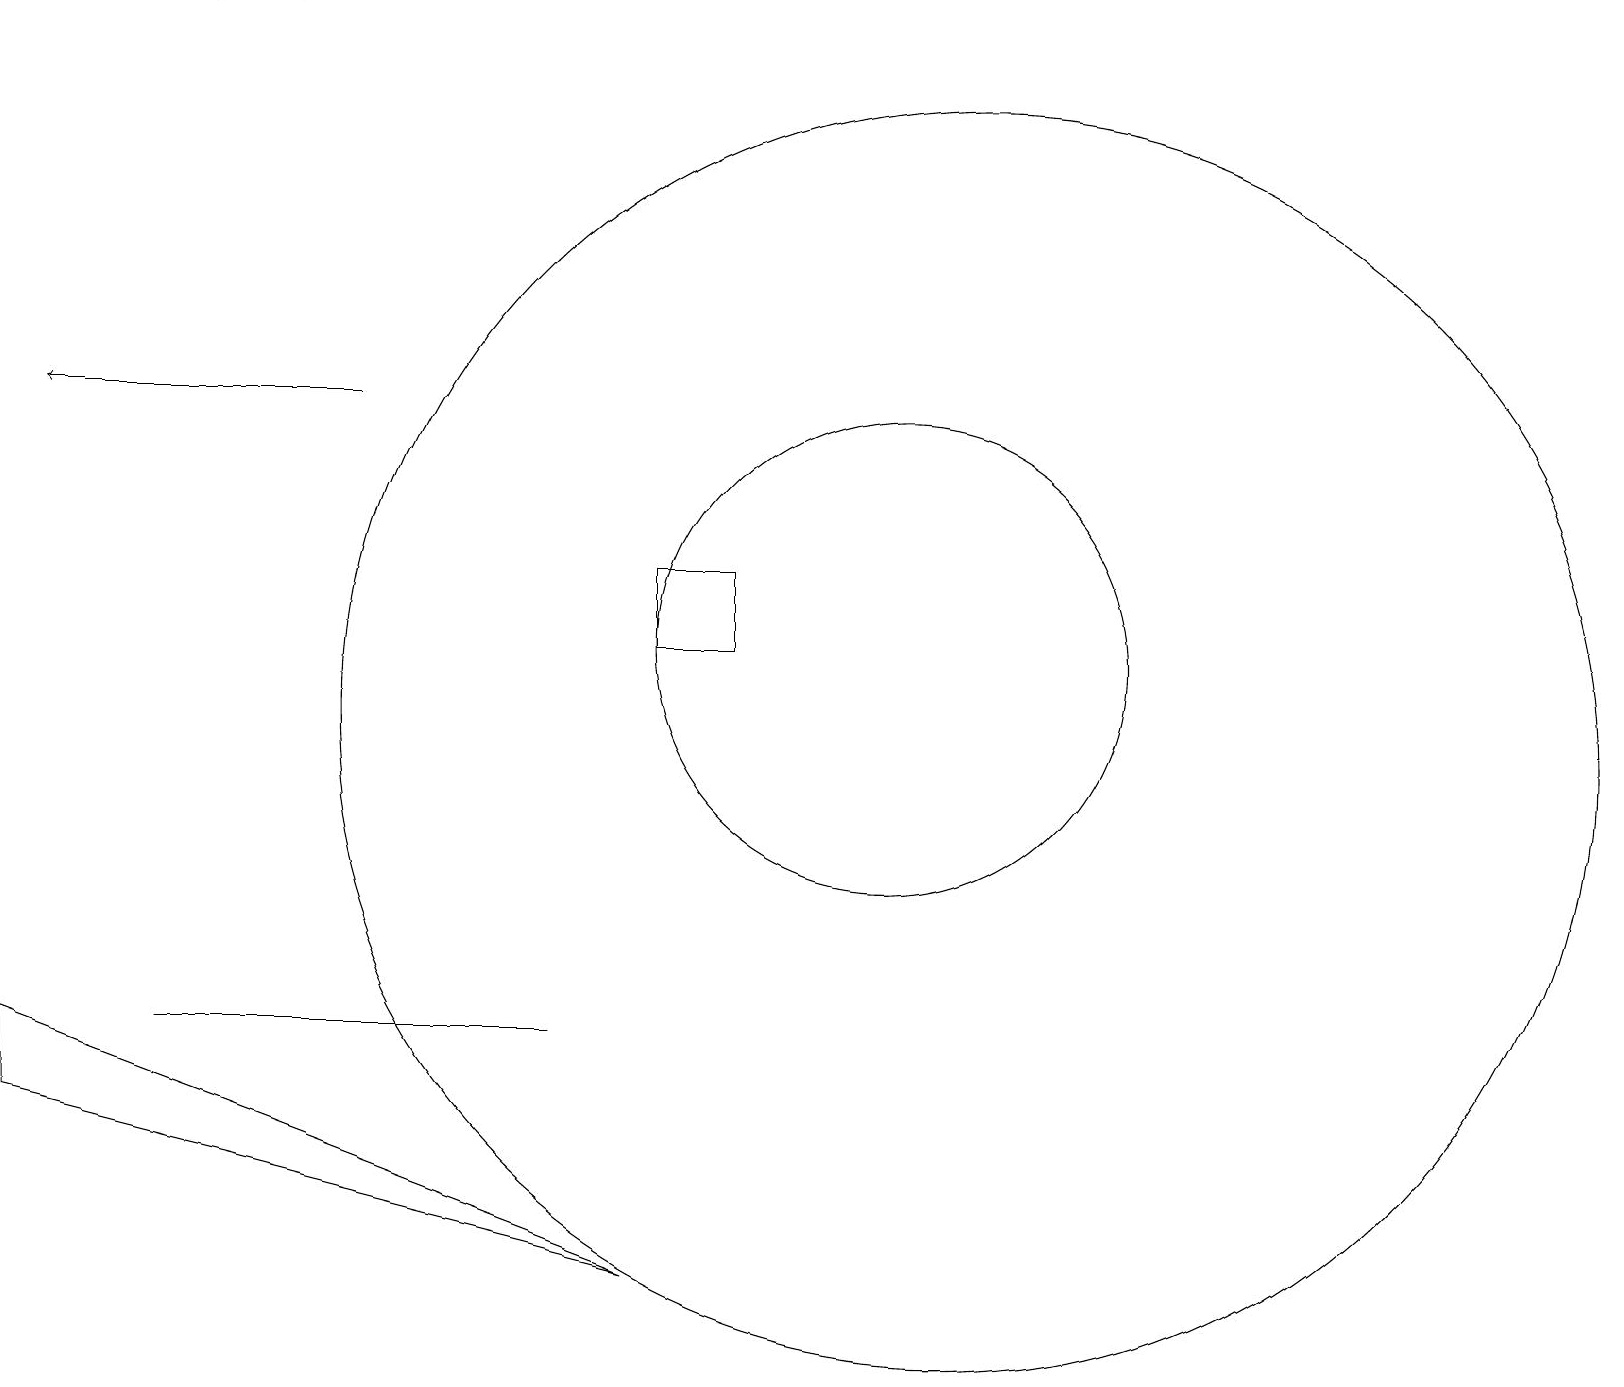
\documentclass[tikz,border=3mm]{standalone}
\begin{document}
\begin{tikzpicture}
\draw (12,10) circle (8);
\draw (8,12) rectangle (9,11);
\draw (2,19) rectangle (3,19);
\draw (7,6) -- (2,6) -- (3,6) -- cycle;
\draw (11,11) circle (3);
\draw (8,3) -- (0,6) -- (0,5) -- cycle;
\draw[->] (4,14) -- (0,14);
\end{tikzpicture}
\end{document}